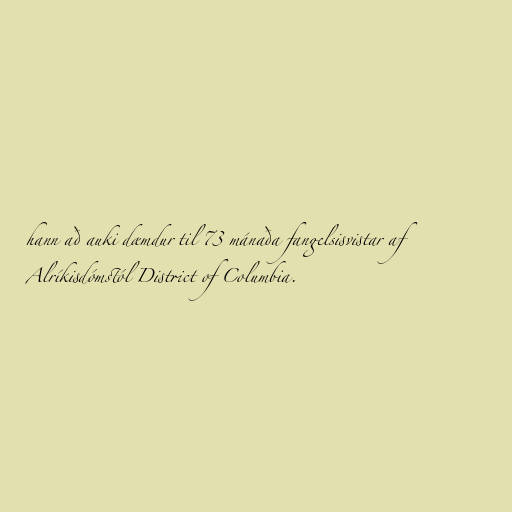
hann að auki dæmdur til 73 mánaða fangelsisvistar af
Alríkisdómstól District of Columbia.